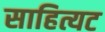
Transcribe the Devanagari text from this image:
साहित्यट